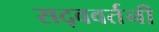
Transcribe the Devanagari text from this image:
सद्ववर्तनी